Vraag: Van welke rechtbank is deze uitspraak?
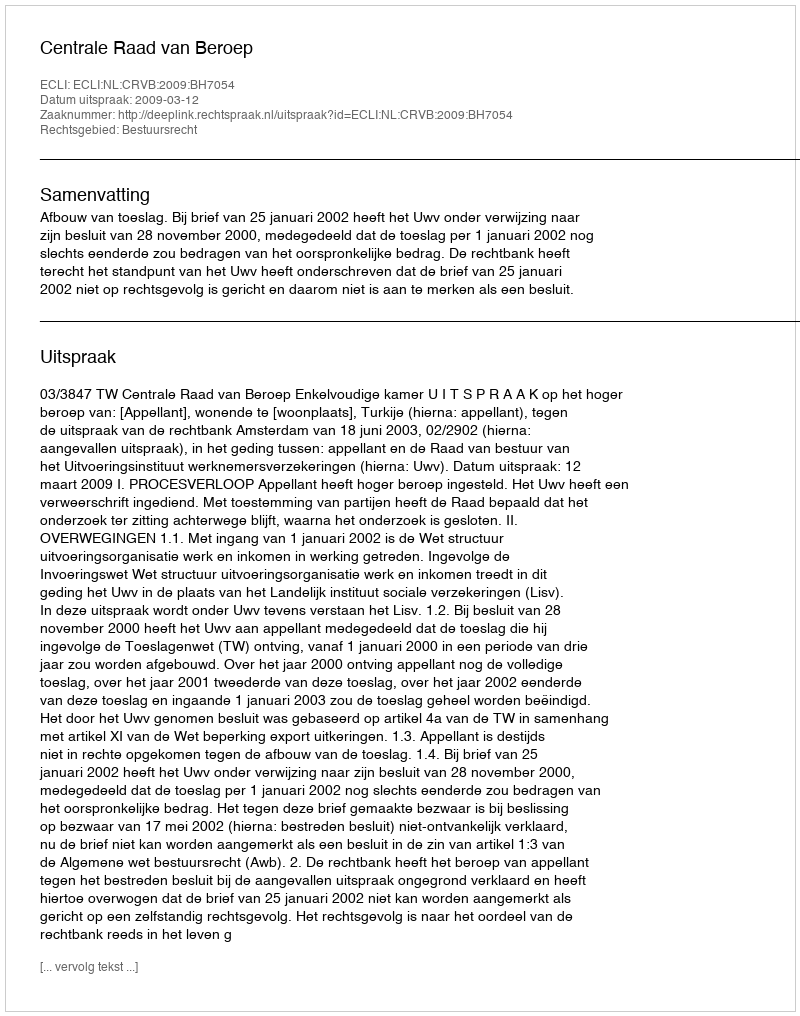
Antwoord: Centrale Raad van Beroep